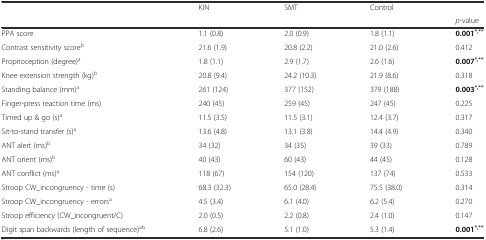
|  | KIN | SMT | Control |  |
 |  |  |  |  | p-value |
 | --- | --- | --- | --- | --- |
 | PPA score | 1.1 (0.8) | 2.0 (0.9) | 1.8 (1.1) | 0.001*,** |
 | Contrast sensitivity scoreb | 21.6 (1.9) | 20.8 (2.2) | 21.0 (2.6) | 0.412 |
 | Proprioception (degree)a | 1.8 (1.1) | 2.9 (1.7) | 2.6 (1.6) | 0.007*,** |
 | Knee extension strength (kg)b | 20.8 (9.4) | 24.2 (10.3) | 21.9 (8.6) | 0.318 |
 | Standing balance (mm)a | 261 (124) | 377 (152) | 379 (188) | 0.003*,** |
 | Finger-press reaction time (ms) | 240 (45) | 259 (45) | 247 (45) | 0.225 |
 | Timed up & go (s)a | 11.5 (3.5) | 11.5 (3.1) | 12.4 (3.7) | 0.317 |
 | Sit-to-stand transfer (s)a | 13.6 (4.8) | 13.1 (3.8) | 14.4 (4.9) | 0.340 |
 | ANT alert (ms)b | 34 (32) | 34 (35) | 39 (33) | 0.789 |
 | ANT orient (ms)b | 40 (43) | 60 (43) | 44 (45) | 0.128 |
 | ANT conflict (ms)a | 118 (67) | 154 (120) | 137 (74) | 0.533 |
 | Stroop CW_incongruency - time (s) | 68.3 (32.3) | 65.0 (28.4) | 75.5 (38.0) | 0.314 |
 | Stroop CW_incongruency - errorsa | 4.5 (3.4) | 6.1 (4.0) | 6.2 (5.4) | 0.270 |
 | Stroop efficiency (CW_incongruent/C) | 2.0 (0.5) | 2.2 (0.8) | 2.4 (1.0) | 0.147 |
 | Digit span backwards (length of sequence)ab | 6.8 (2.6) | 5.1 (1.0) | 5.3 (1.4) | 0.001*,** |